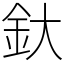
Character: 釱